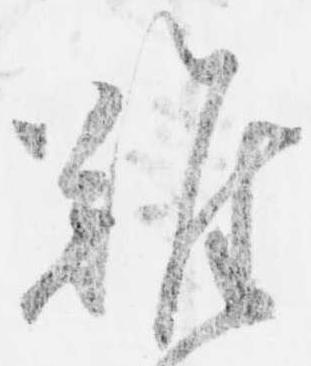
難